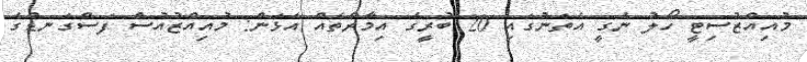
މުއިއްޒުސިޓީ ހޯލު ނެގީ އެތަނުގައި 20 ބުރީގެ އިމާރާތެއް އަޅަން: މުއިއްޒުއުސް ފަސްގަނޑުގެ